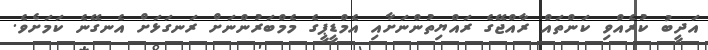
އަދީބު ކުރެއްވި ކަންތައް ރާއްޖޭގެ ރައްޔިތުންނަށާއި އެމްޑީޕީގެ މެމްބަރުންނަށް ރަނގަޅަށް އެނގޭނެ ކަމަށެވެ.